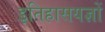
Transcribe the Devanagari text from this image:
इतिहासयज्ञों